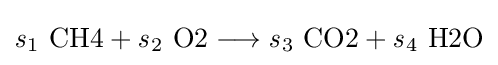
{{\mathit {s}}{\vphantom {A}}_{\smash[{t}]{1}}~{\text{CH4}}{}+{}{\mathit {s}}{\vphantom {A}}_{\smash[{t}]{2}}~{\text{O2}}{}\mathrel {\longrightarrow } {}{\mathit {s}}{\vphantom {A}}_{\smash[{t}]{3}}~{\text{CO2}}{}+{}{\mathit {s}}{\vphantom {A}}_{\smash[{t}]{4}}~{\text{H2O}}}